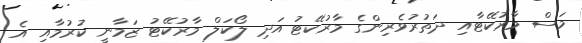
މަސް މާރުކޭޓާއި ދަތުރުވެރިންގެ މާރުކޭޓު އަދި ލޯކަލް މާރުކޭޓު ޒަމާނީ ކުރުމާއި އެ